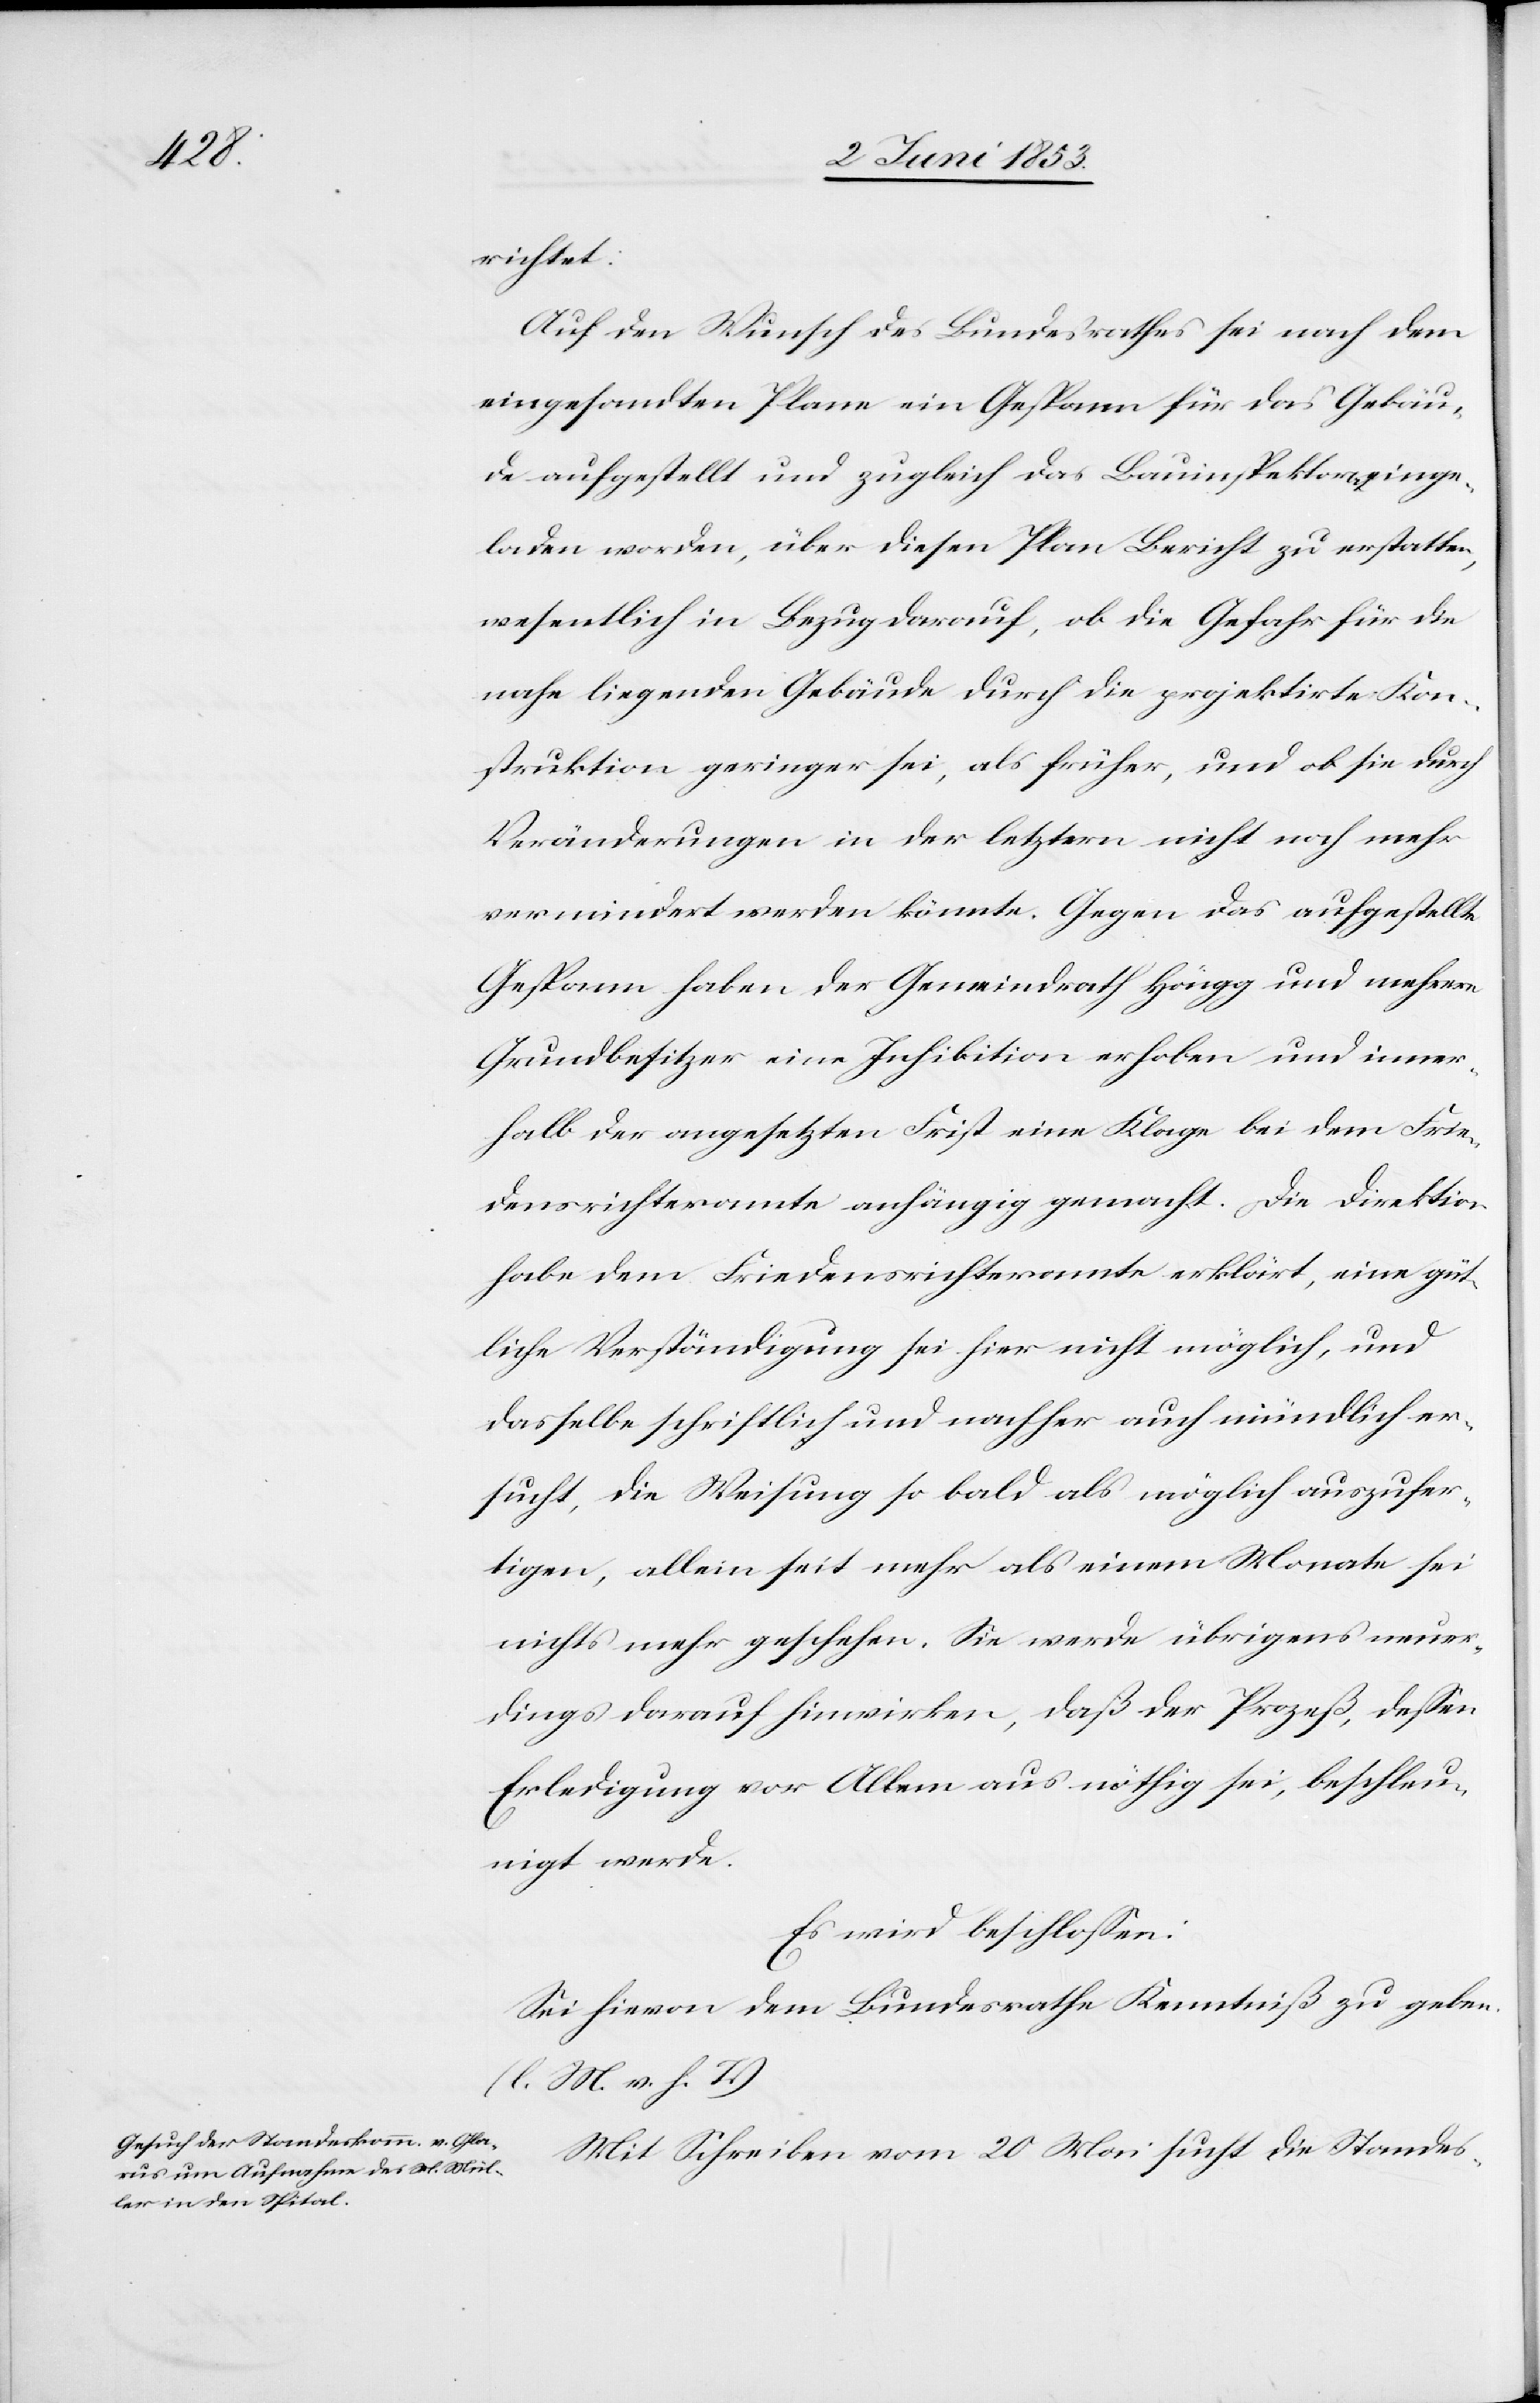
richtet:
Auf den Wunsch des Bundesrathes sei nach dem
eingesandten Plane ein Gespann für das Gebäu¬
de aufgestellt und zugleich das Bauinspektorat einge¬
laden worden, über diesen Plan Bericht zu erstatten,
wesentlich in Bezug darauf, ob die Gefahr für die
nahe liegenden Gebäude durch die projektirte Kon¬
struktion geringer sei, als früher, und ob sie durch
Veränderungen in der letztern nicht noch mehr
vermindert werden könnte. Gegen das aufgestellte
Gespann haben der Gemeindrath Höngg und mehrere
Grundbesitzer eine Inhibition erhoben und inner¬
halb der angesetzten Frist eine Klage bei dem Frie¬
densrichteramte anhängig gemacht. Die Direktion
habe dem Friedensrichteramte erklärt, eine güt¬
liche Verständigung sei hier nicht möglich, und
dasselbe schriftlich und nachher auch mündlich er¬
sucht, die Weisung so bald als möglich auszufer¬
tigen, allein seit mehr als einem Monate sei
nichts mehr geschehen. Sie werde übrigens neuer¬
dings darauf hinwirken, daß der Prozeß, deßen
Erledigung vor Allem aus nöthig sei, beschleu¬
nigt werde.
Es wird beschloßen:
Sei hievon dem Bundesrathe Kenntniß zu geben.
[l. M. h. T]
Mit Schreiben vom 20 Mai sucht die Standes-